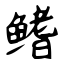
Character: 鳍